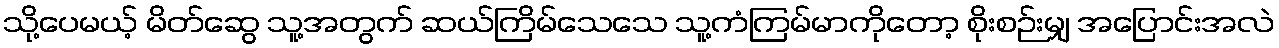
သို့ပေမယ့် မိတ်ဆွေ သူ့အတွက် ဆယ်ကြိမ်သေသေ သူ့ကံကြမ်မာကိုတော့ စိုးစဉ်းမျှ အပြောင်းအလဲ